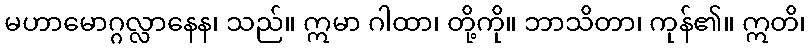
မဟာမောဂ္ဂလ္လာနေန၊ သည်။ ဣမာ ဂါထာ၊ တို့ကို။ ဘာသိတာ၊ ကုန်၏။ ဣတိ၊